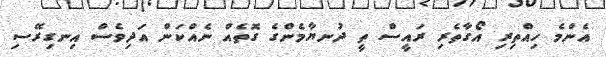
އެންމެ ހިއްތިރި އޯގާތެރި ރައީސް ތީ ދުނޔާމެންގެ ގޮތެއް ނެއްކަން އަދިވެސް އިނގިރޭސި